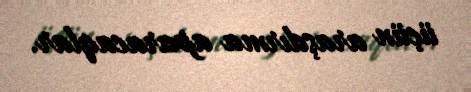
üçün araşdırma aparacaqlar.